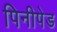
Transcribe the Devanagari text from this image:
पिनीपेड